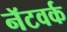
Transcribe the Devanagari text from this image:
नॅटवर्क